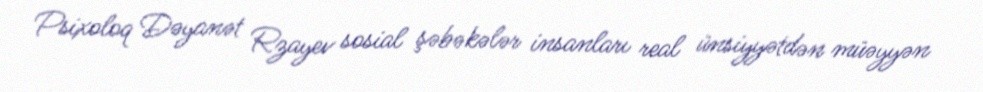
Psixoloq Dəyanət Rzayev sosial şəbəkələr insanları real ünsiyyətdən müəyyən